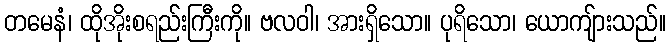
တမေနံ၊ ထိုအိုးစရည်းကြီးကို။ ဗလဝါ၊ အားရှိသော။ ပုရိသော၊ ယောကျ်ားသည်။